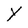
Character: Y